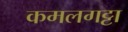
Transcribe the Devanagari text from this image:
कमलगट्टा